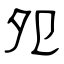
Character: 夗